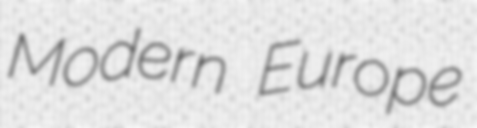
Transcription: Modern Europe